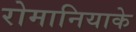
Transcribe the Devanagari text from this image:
रोमानियाके